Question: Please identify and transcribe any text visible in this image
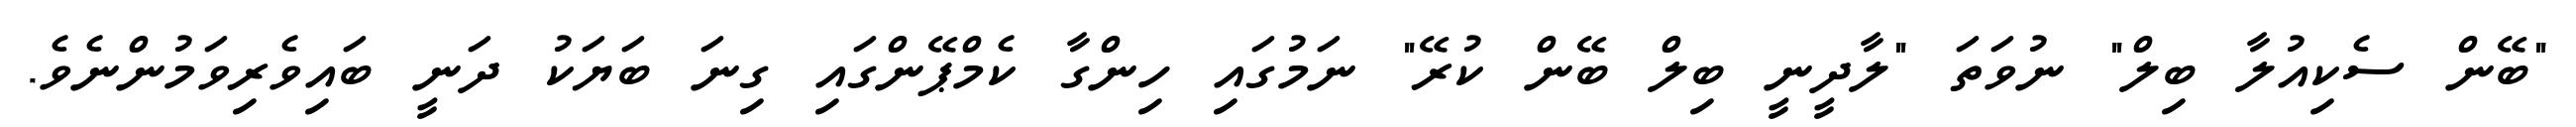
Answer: "ބޭން ސެކިއުލާ ބިލް" ނުވަތަ "ލާދީނީ ބިލް ބޭން ކުރޭ" ނަމުގައި ހިންގާ ކެމްޕޭންގައި ގިނަ ބަޔަކު ދަނީ ބައިވެރިވަމުންނެވެ.